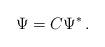
LaTeX: \begin{align*}\Psi={C}\Psi^{\ast}\,. \end{align*}